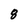
Character: 8